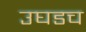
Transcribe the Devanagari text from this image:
उघडच